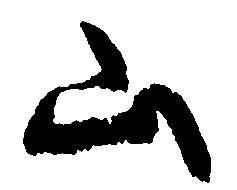
山